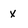
Character: x